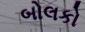
બોલકો